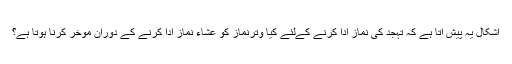
اشکال یہ پیش آتا ہے کہ تہجد کی نماز ادا کرنے کےلئے کیا وترنماز کو عشاء نماز ادا کرنے کے دوران مؤخر کرنا ہوتا ہے؟